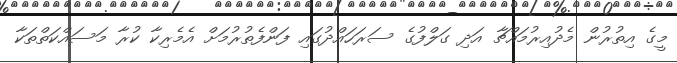
މީގެ އިތުރުން މެދުއިރުމައްޗާ އަދި ގަލްފުގެ ސަރަހައްދުގައި ފަންފެތުރުމަށް އެމެރިކާ ކުރާ މަސައްކަތްތަކާ